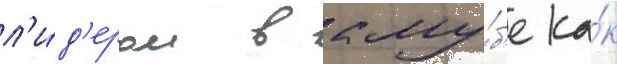
л'и́д'ером в клу́б'е ка́к